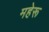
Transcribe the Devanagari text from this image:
महेरू